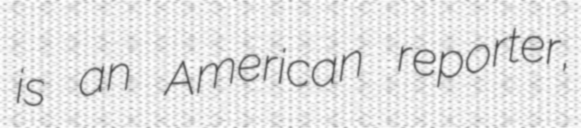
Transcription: is an American reporter,